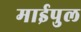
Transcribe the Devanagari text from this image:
माईपुल